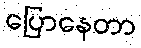
ပြောနေတာ